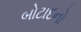
બોટાદનો